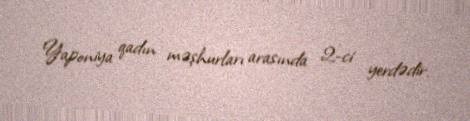
Yaponiya qadın məşhurları arasında 2-ci yerdədir.